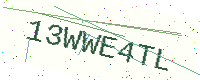
Text: 13WWE4TL